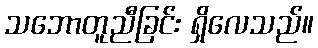
သဘောတူညီခြင်း ရှိလေသည်။